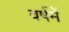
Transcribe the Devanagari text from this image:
वर्षमें